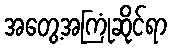
အတွေ့အကြုံဆိုင်ရာ